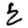
Digit: 2